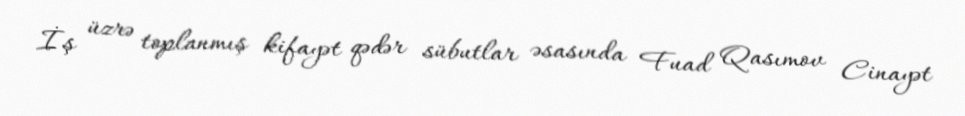
İş üzrə toplanmış kifayət qədər sübutlar əsasında Fuad Qasımov Cinayət